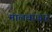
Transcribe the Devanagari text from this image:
मालबाजार